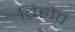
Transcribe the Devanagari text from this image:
बिहोप